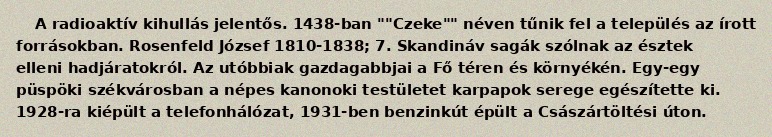
A radioaktív kihullás jelentős. 1438-ban ""Czeke"" néven tűnik fel a település az írott forrásokban. Rosenfeld József 1810-1838; 7. Skandináv sagák szólnak az észtek elleni hadjáratokról. Az utóbbiak gazdagabbjai a Fő téren és környékén. Egy-egy püspöki székvárosban a népes kanonoki testületet karpapok serege egészítette ki. 1928-ra kiépült a telefonhálózat, 1931-ben benzinkút épült a Császártöltési úton.